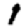
Digit: 1